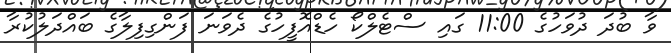
ވާ ބުދަ ދުވަހުގެ 11:00 ގައި ސްޓެލްކޯ ހެޑްއޮފީހުގެ ދެވަނަ ފަންގިފިލާގެ ބައްދަލުކުރާ